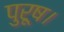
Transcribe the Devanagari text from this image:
पुरूष।